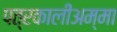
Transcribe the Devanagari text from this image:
पत्रकालीअम्मा